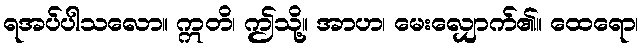
ရအပ်ပါသလော။ ဣတိ၊ ဤသို့။ အာဟ၊ မေးလျှောက်၏။ ထေရော၊